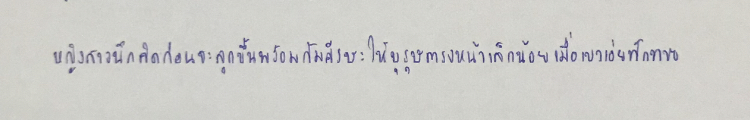
หญิงสาวนึกคิดก่อนจะลุกขึ้นพร้อมก้มศีรษะให้บุรุษตรงหน้าเล็กน้อยเมื่อเขาเอ่ยทักทาย